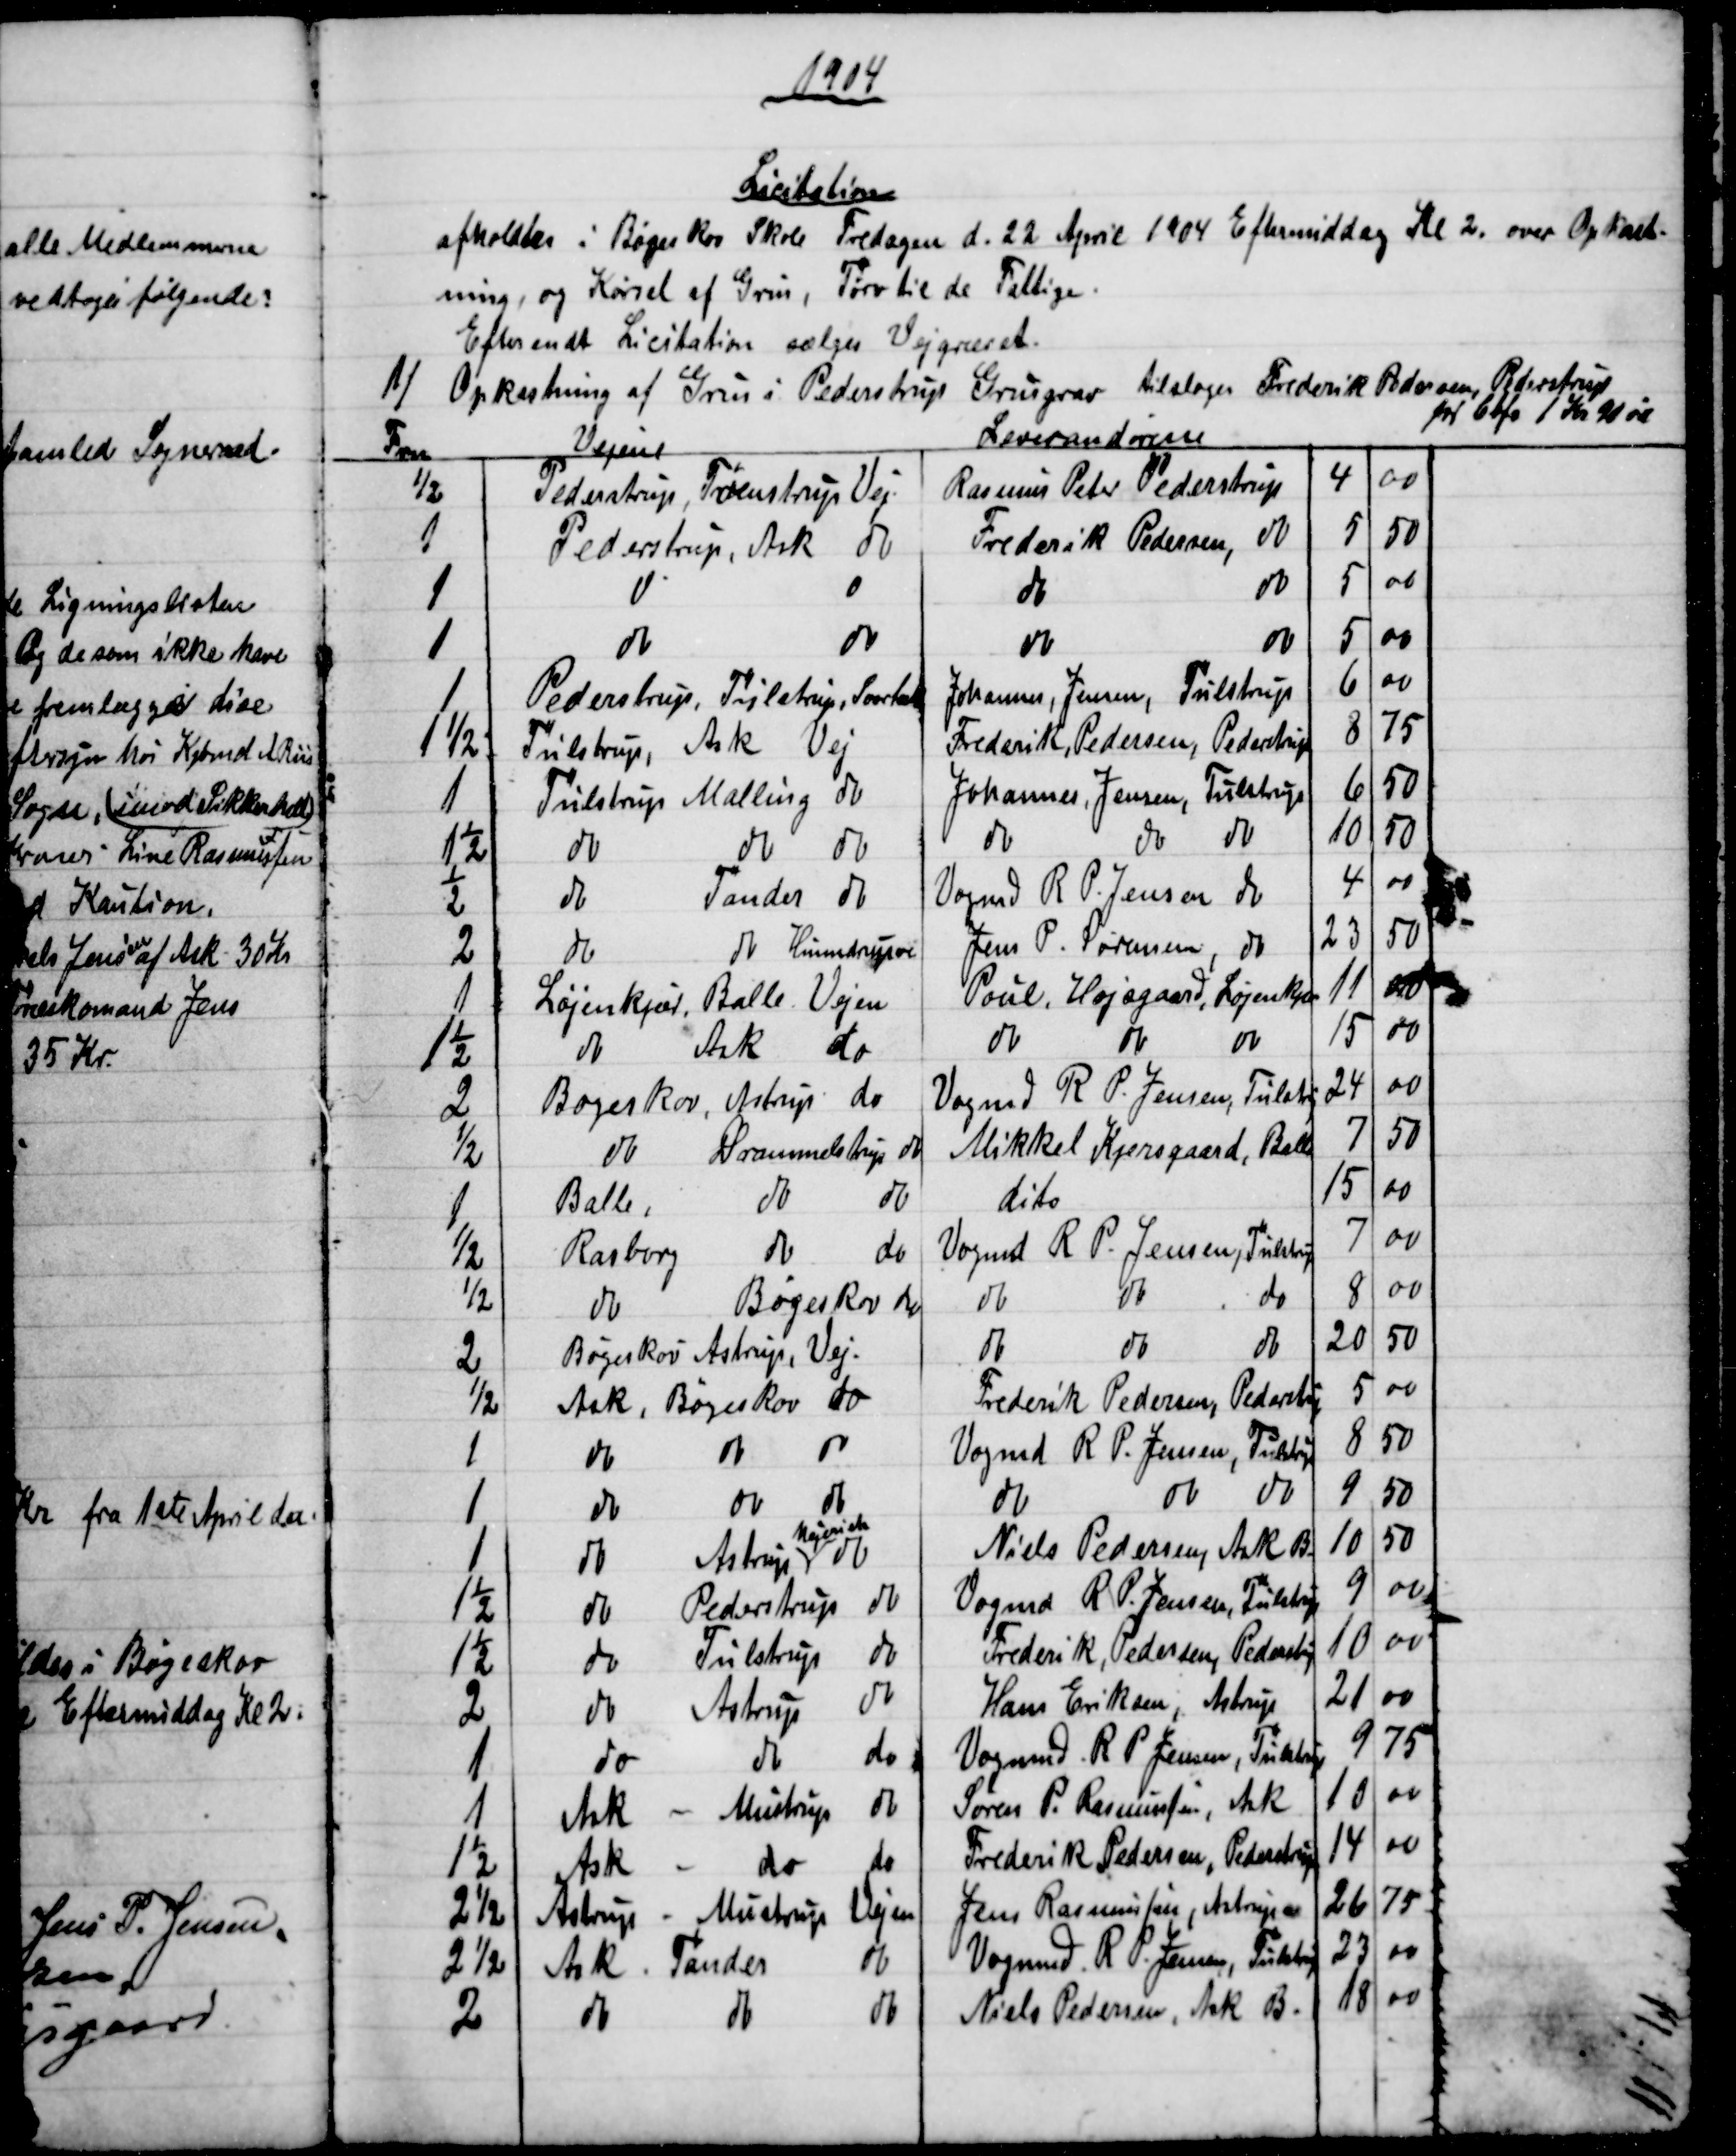
Transskription:
1904
Licitation
afholdtes i Bøgeskov Skole Fredagen d. 22 April 1904 Eftermiddag Kl 2. over Opkast-
ning, og Kørsel af Grus, Tørv til de Fattige.
Efter endt Licitation sælges Vejgræset.
1) 
Opkastning af Grus i Pederstrup Grusgrav tilsloges Frederik Pedersen, Pederstrup
for Cbfv 1 Kr 90 øre
Fvn
Vejene
Leverandørene
½
Pederstrup, Tvenstrup Vej
Rasmus Peter Pederstrup
4
00
1
Pederstrup, Ask do
Frederik Pedersen,
do
5
50
1
do
do
do
5
00
1
do
do
do
do
5
00
1
Pederstrup, Tullstrup, Svorbæk
Johannes, Jensen, Tulstrup
6
00
1½
Tulstrup, Ask Vej
Frederik, Pedersen, Pederstrup
8
75
1
Tulstrup Malling do
Johannes, Jensen, Tulstrup
6
50
1½
do
do do
do
do do
10
50
½
do
Tander do
Vogmd R. P. Jensen do
4
00
2
do
do Hinnedrupve
Jens P. Sørensen, do
23
50
1
Løjenkjær, Balle. Vejen
Poul, Højsgaard, Løjenkjær
11
00
1½
do
Ask do
do
do
do
15
00
2
Bøgeskov, Astrup do
Vogmd R. P. Jensen, Tulstp
24
00
½
do
Drammelstrup do
Mikkel Kjersgaard, Balle
7
50
1
Balle,
do
do
dito
15
00
½
Rasborg
do
do
Vogmd R. P. Jensen, Tulstrup
7
00
½
do
Bøgeskov do
do
do
do
8
00
2
Bøgeskov Astrup, Vej.
do
do
do
20
50
½
Ask, Bøgeskov do
Frederik Pedersen, Pederstp
5
00
1
do
do
do
Vogmd R. P. Jensen, Tulstp
8
50
1
do
do
do
do
do
do
9
50
1
do
Astrup  
Mejeriet
do
Niels Pedersen, Ask B
10
50
1½
do
Pederstrup
do
Vogmd R. P. Jensen, Tulstrup
9
00
1½
do
Tulstrup
do
Frederik, Pedersen, Pederstp
10
00
2
do
Astrup
do
Hans Eriksen, Astrup
21
00
1
do
do
do
Vogmd R. P. Petersen Tulstrup
9
75
1
Ask 
Mustrup
do
Søren P. Rasmussen, Ask
10
00
1½
Ask
do
do
Frederik Pedersen, Pederstrup
14
00
2½
Astrup - Mustrup Vejen
Jens Rasmussen, Astrup 
26
75
2½
Ask. Tander
do
Vogmd R. P. Jensen, Tulstrup
23
00
2
do 
do 
do
Niels Pedersen, Ask B.
18
00